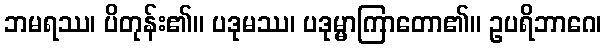
ဘမရဿ၊ ပိတုန်း၏။ ပဒုမဿ၊ ပဒုမ္မာကြာတော၏။ ဥပရိဘာဂေ၊